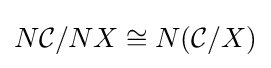
N{\mathcal {C}}/NX\cong N({\mathcal {C}}/X)